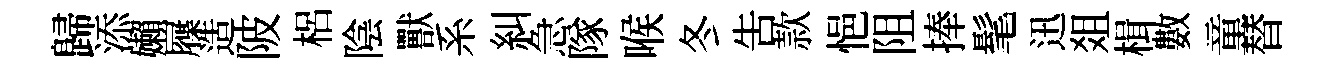
歸添嬾屧造陂梠陰獸系糾急隊喉冬告款悒阻捧髦迅爼楫數童替